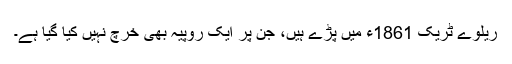
ریلوے ٹریک 1861ء میں پڑے ہیں، جن پر ایک روپیہ بھی خرچ نہیں کیا گیا ہے۔